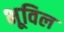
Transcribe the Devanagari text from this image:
भूविल